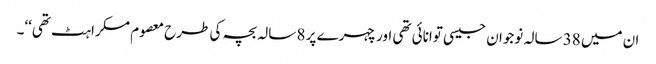
ان میں 38 سالہ نوجوان جیسی توانائی تھی اور چہرے پر 8 سالہ بچہ کی طرح معصوم مسکراہٹ تھی‘‘۔